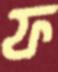
ফ